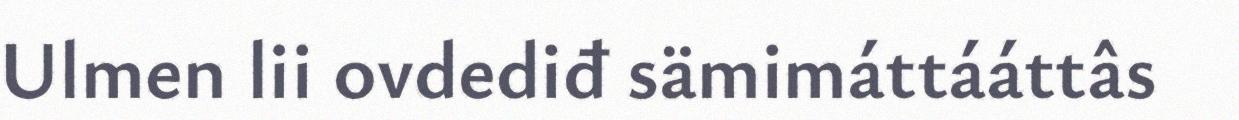
Ulmen lii ovdediđ sämimáttááttâs